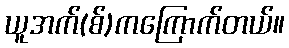
ယူအက်(စ်)ကကြောက်တယ်။